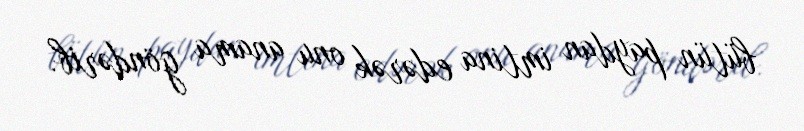
bütün paydan imtina edərək onu anama göndərib.